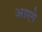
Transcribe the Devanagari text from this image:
आएगे